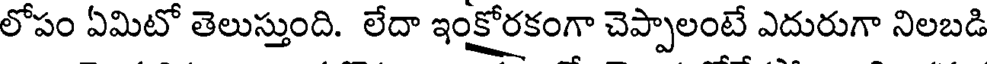
లోపం ఏమిటో తెలుస్తుంది. లేదా ఇంక్షోరకంగా చెప్పాలంటే ఎదురుగా నిలబడి